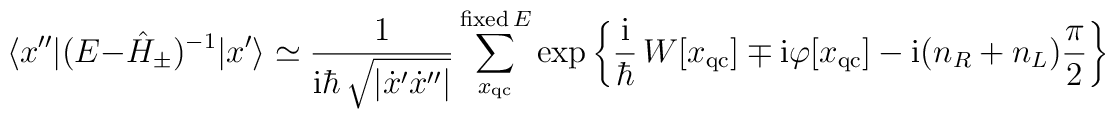
\langle x''|(E-\hat{H}_{\pm})^{-1}|x'\rangle\simeq\frac{1}{{\rm i}\hbar\,\sqrt{|\dot{x}'\dot{x}''|}}\sum_{x_{\rm qc}}^{{\rm fixed}\,E}\exp\left\{\frac{{\rm i}}{\hbar}\,W[x_{\rm qc}]\mp{\rm i}\varphi [x_{\rm qc}]-{\rm i}(n_{R}+n_{L})\frac{\pi}{2}\right\}